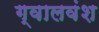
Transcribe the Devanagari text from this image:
ग्वालवंश